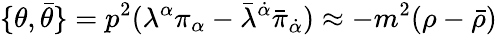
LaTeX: \{ \theta,\bar{\theta}\} =p^{2}(\lambda^{\alpha}\pi_{\alpha}-\bar{\lambda}^{\dot{\alpha}}\bar{\pi}_{\dot{\alpha}})\approx-m^{2}(\rho-\bar{\rho})